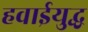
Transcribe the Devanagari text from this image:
हवाईयुद्ध